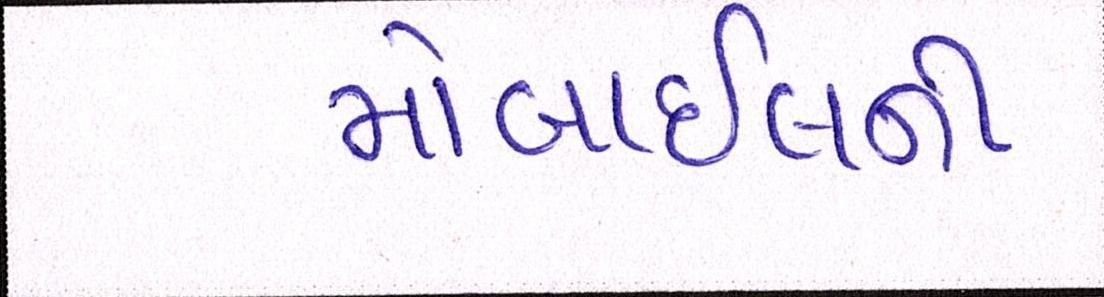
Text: મોબાઇલની